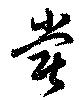
嘗